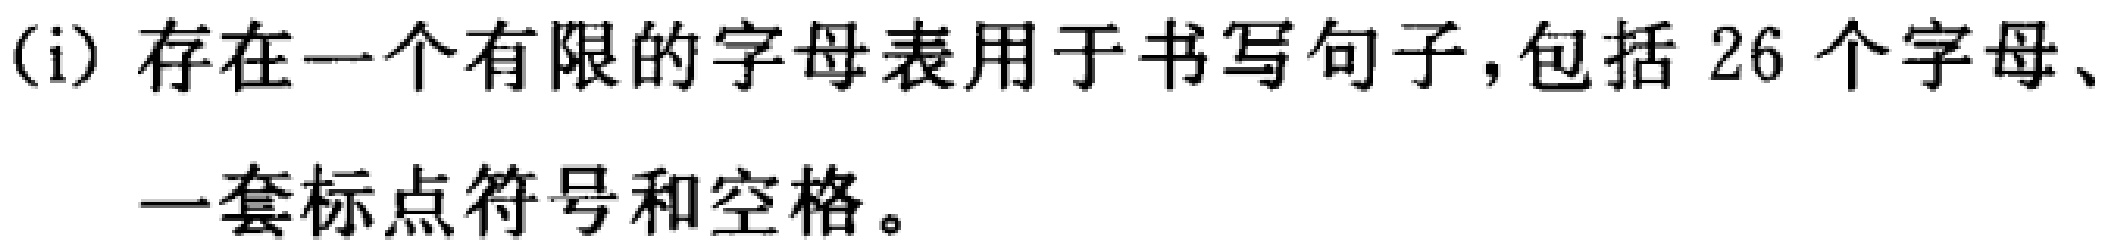
(i) 存在一个有限的字母表用于书写句子，包括 26 个字母、一套标点符号和空格。